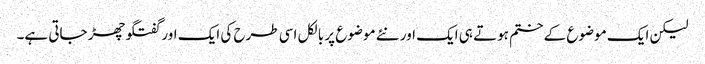
لیکن ایک موضوع کے ختم ہوتے ہی ایک اور نئے موضوع پر بالکل اسی طرح کی ایک اور گفتگو چھڑ جاتی ہے۔